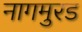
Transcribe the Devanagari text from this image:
नागमुरड